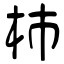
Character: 杮